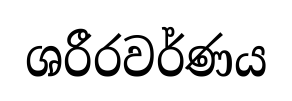
ශරීරවර්ණය